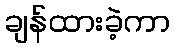
ချန်ထားခဲ့ကာ